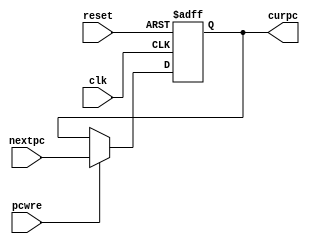
`timescale 1ns / 1ps
//////////////////////////////////////////////////////////////////////////////////
// Company: 
// Engineer: 
// 
// Design Name: 
// Module Name: pc
// Project Name: 
// Target Devices: 
// Tool Versions: 
// Description: 
// 
// Dependencies: 
// 
// Revision:
// Revision 0.01 - File Created
// Additional Comments:
// 
//////////////////////////////////////////////////////////////////////////////////


module pc(
    input clk,
    input reset,
    input pcwre,
    input[31:0] nextpc,
    output reg[31:0] curpc
);

    initial begin
        curpc <= 0;
    end
    
    always@(posedge clk or negedge reset) begin
        if(reset==0) begin
            curpc <= 0;
         end
        else begin
            if ( pcwre ) begin  //pc
                curpc <= nextpc;
            end
            else begin
                curpc <= curpc;
            end
        end
    end

endmodule